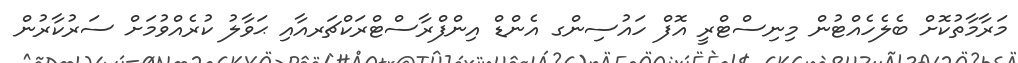
މަރާމާތުކޮށް ބެލެހެއްޓުން މިނިސްޓްރީ އޮފް ހައުސިންގ އެންޑް އިންފްރާސްޓްރަކްޗަރއާއި ޙަވާލު ކުރެއްވުމަށް ސަރުކާރުން